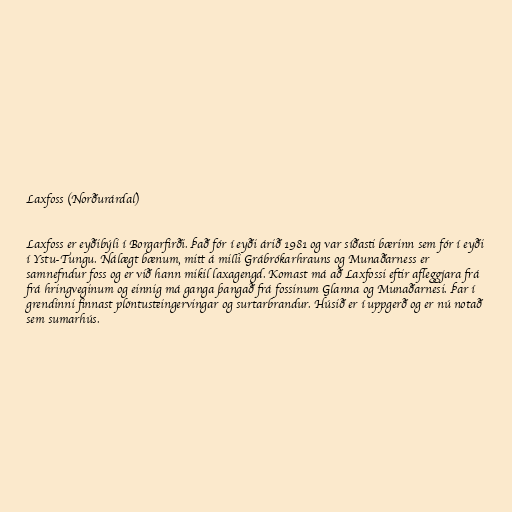
Laxfoss (Norðurárdal)

Laxfoss er eyðibýli í Borgarfirði. Það fór í eyði árið 1981 og var síðasti bærinn sem fór í eyði
í Ystu-Tungu. Nálægt bænum, mitt á milli Grábrókarhrauns og Munaðarness er
samnefndur foss og er við hann mikil laxagengd. Komast má að Laxfossi eftir afleggjara frá
frá hringveginum og einnig má ganga þangað frá fossinum Glanna og Munaðarnesi. Þar í
grendinni finnast plöntusteingervingar og surtarbrandur. Húsið er í uppgerð og er nú notað
sem sumarhús.